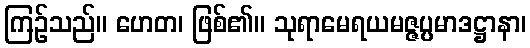
ကြဉ်သည်။ ဟေတ၊ ဖြစ်၏။ သုရာမေရယမဇ္ဇပ္ပမာဒဋ္ဌာနာ၊